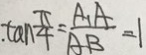
\tan \frac { \pi } { 4 } = \frac { A _ { 1 } A } { A B } = 1